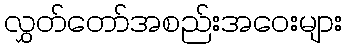
လွှတ်တော်အစည်းအဝေးများ